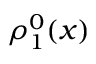
\rho _ { 1 } ^ { 0 } ( x )